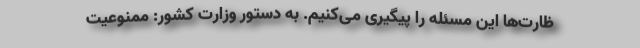
ظارت‌ها این مسئله را پیگیری می‌کنیم. به دستور وزارت کشور: ممنوعیت